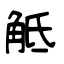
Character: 觝